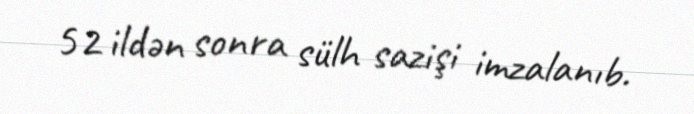
52 ildən sonra sülh sazişi imzalanıb.